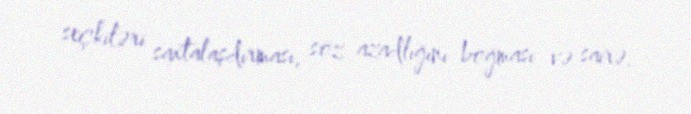
seçkiləri saxtalaşdırması, söz azadlığını boğması və sairə.